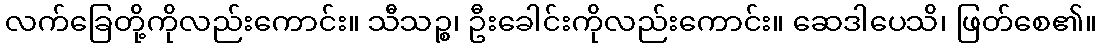
လက်ခြေတို့ကိုလည်းကောင်း။ သီသဉ္စ၊ ဦးခေါင်းကိုလည်းကောင်း။ ဆေဒါပေသိ၊ ဖြတ်စေ၏။